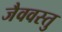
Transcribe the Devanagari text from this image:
जैववस्तु